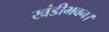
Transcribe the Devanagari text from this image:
खंडीभवन।